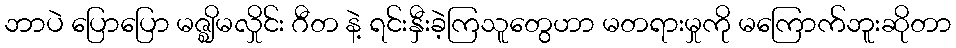
ဘာပဲ ပြောပြော မဇ္ဈိမလှိုင်း ဂီတ နဲ့ ရင်းနှီးခဲ့ကြသူတွေဟာ မတရားမှုကို မကြောက်ဘူးဆိုတာ